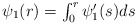
\begin{align*} \textstyle \psi_1(r)=\int_0^r\psi_{1}'(s)ds\end{align*}